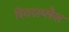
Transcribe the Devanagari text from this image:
रिवरस्प्लैश